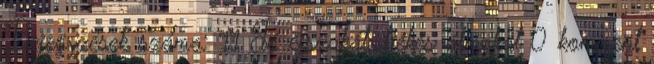
Bejegyzések száma: 11 Jó éjszakát, békés álmokat 0 komment